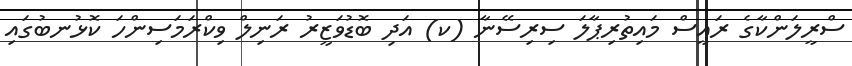
ސްރީލަންކާގެ ރައީސް މައިތުރިޕާލަ ސިރިސޭނާ (ކ) އަދި ބޮޑުވަޒީރު ރަނިލް ވިކްރަމަސިންހަ ކޮޅުނބުގައި